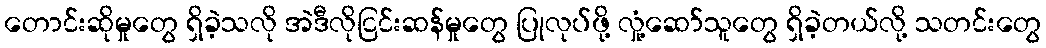
တောင်းဆိုမှုတွေ ရှိခဲ့သလို အဲဒီလိုငြင်းဆန်မှုတွေ ပြုလုပ်ဖို့ လှုံ့ဆော်သူတွေ ရှိခဲ့တယ်လို့ သတင်းတွေ